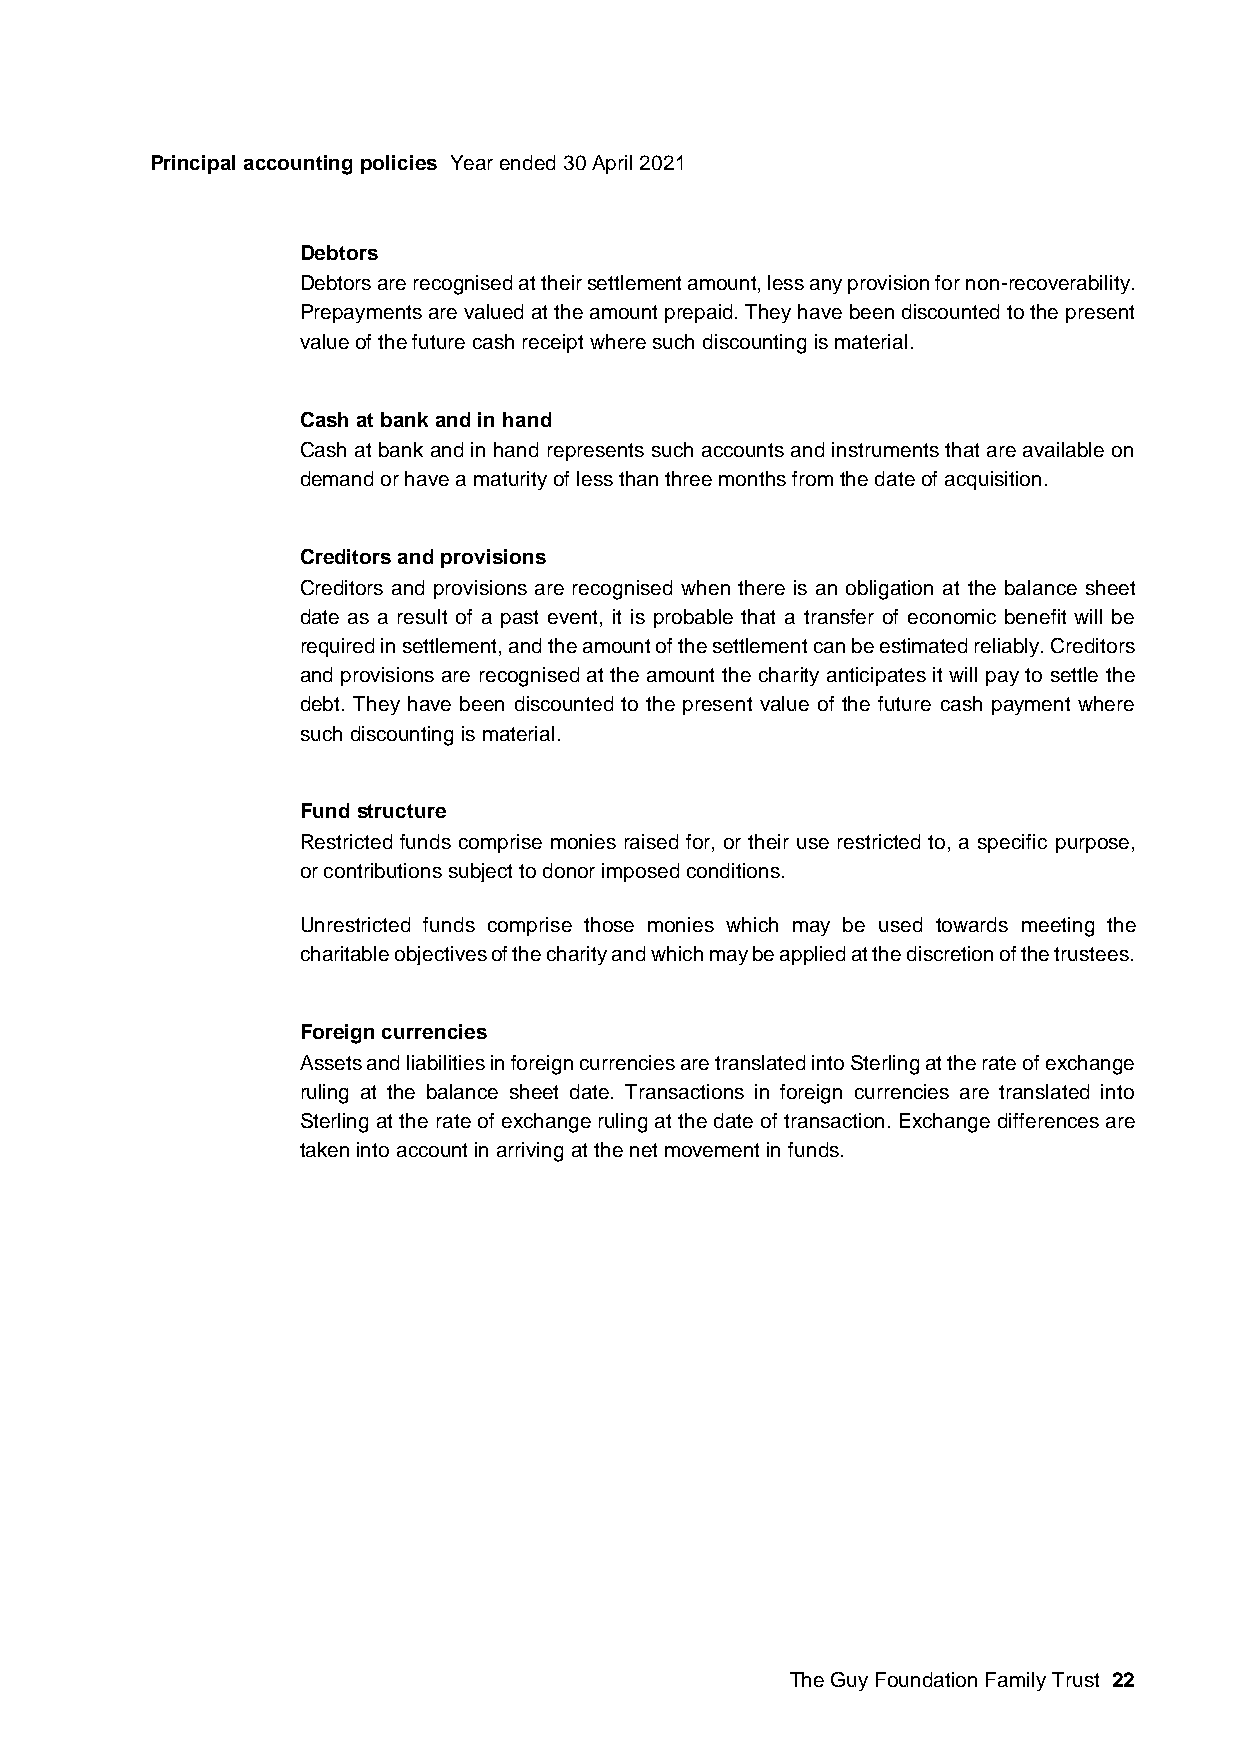
Principal accounting policies Year ended 30 April 2021
 Debtors
 Debtors are recognised at their settlement amount, less any provision for non-recoverability.
 Prepayments are valued at the amount prepaid. They have been discounted to the present
 value of the future cash receipt where such discounting is material.
 Cash at bank and in hand
 Cash at bank and in hand represents such accounts and instruments that are available on
 demand or have a maturity of less than three months from the date of acquisition.
 Creditors and provisions
 Creditors and provisions are recognised when there is an obligation at the balance sheet
 date as a result of a past event, it is probable that a transfer of economic benefit will be
 required in settlement, and the amount of the settlement can be estimated reliably. Creditors
 and provisions are recognised at the amount the charity anticipates it will pay to settle the
 debt. They have been discounted to the present value of the future cash payment where
 such discounting is material.
 Fund structure
 Restricted funds comprise monies raised for, or their use restricted to, a specific purpose,
 or contributions subject to donor imposed conditions.
 Unrestricted funds comprise those monies which may be used towards meeting the
 charitable objectives of the charity and which may be applied at the discretion of the trustees.
 Foreign currencies
 Assets and liabilities in foreign currencies are translated into Sterling at the rate of exchange
 ruling at the balance sheet date. Transactions in foreign currencies are translated into
 Sterling at the rate of exchange ruling at the date of transaction. Exchange differences are
 taken into account in arriving at the net movement in funds.
 The Guy Foundation Family Trust 22